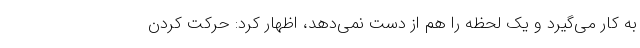
به کار می‌گیرد و یک لحظه را هم از دست نمی‌دهد، اظهار کرد: حرکت کردن